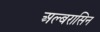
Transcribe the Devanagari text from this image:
अल्बरासिन